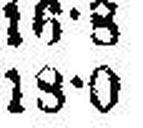
18•0